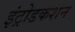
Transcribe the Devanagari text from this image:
इंट्रोडकशन